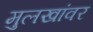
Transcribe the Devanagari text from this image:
मुलखांवर